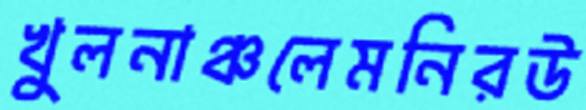
খুলনাঞ্চলেমনিরউ